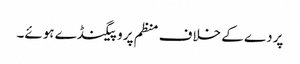
پردے کے خلاف منظم پروپیگنڈے ہوئے۔